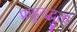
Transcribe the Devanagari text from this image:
प्राहुरद्भुतां